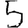
Digit: 5